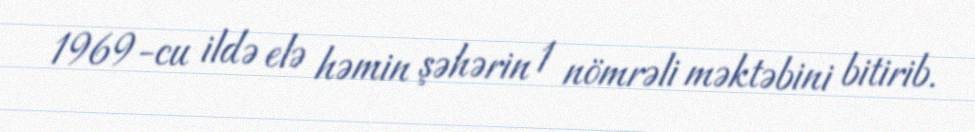
1969-cu ildə elə həmin şəhərin 1 nömrəli məktəbini bitirib.